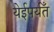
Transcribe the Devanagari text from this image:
येईपर्यँत